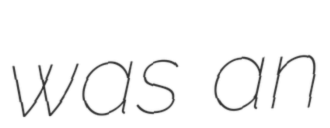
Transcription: was an